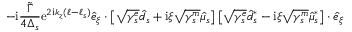
- \mathrm { i } \frac { \widetilde \Gamma } { 4 \Delta _ { s } } \mathrm { e } ^ { 2 \mathrm { i } k _ { z } ( \ell - \ell _ { s } ) } \hat { e } _ { \xi } \cdot \left[ \sqrt { \gamma _ { s } ^ { e } } \hat { d } _ { s } + \mathrm { i } \xi \sqrt { \gamma _ { s } ^ { m } } \hat { \mu } _ { s } \right] \left[ \sqrt { \gamma _ { s } ^ { e } } \hat { d } _ { s } ^ { * } - \mathrm { i } \xi \sqrt { \gamma _ { s } ^ { m } } \hat { \mu } _ { s } ^ { * } \right] \cdot \hat { e } _ { \xi }